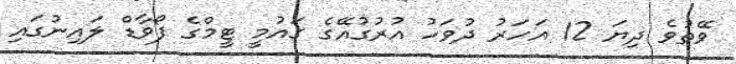
ވޭތުވެ ދިޔަ 12 އަހަރު ދުވަހު އުރުގުއޭގެ ގައުމީ ޓީމްގެ ފޯވާޑް ލައިނުގައި